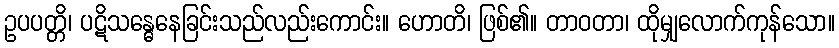
ဥပပတ္တိ၊ ပဋိသန္ဓေနေခြင်းသည်လည်းကောင်း။ ဟောတိ၊ ဖြစ်၏။ တာဝတာ၊ ထိုမျှလောက်ကုန်သော။